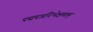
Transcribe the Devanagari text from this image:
पद्मपत्रनिभेक्षणाम्